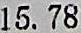
15.78